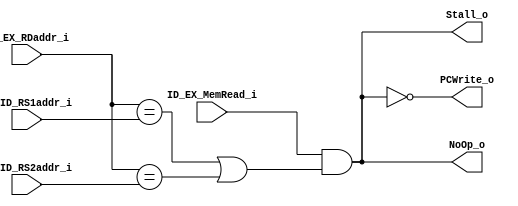
module Hazard_Detection(
    IF_ID_RS1addr_i, 
    IF_ID_RS2addr_i, 
    ID_EX_RDaddr_i, 
    ID_EX_MemRead_i, 
    NoOp_o, 
    Stall_o, 
    PCWrite_o
);

input [4:0] IF_ID_RS1addr_i;
input [4:0] IF_ID_RS2addr_i;
input [4:0] ID_EX_RDaddr_i;
input ID_EX_MemRead_i;
output NoOp_o;
output Stall_o;
output PCWrite_o;

assign NoOp_o = ID_EX_MemRead_i && ((ID_EX_RDaddr_i == IF_ID_RS1addr_i) || (ID_EX_RDaddr_i == IF_ID_RS2addr_i)); // For control of PC
assign Stall_o = ID_EX_MemRead_i && ((ID_EX_RDaddr_i == IF_ID_RS1addr_i) || (ID_EX_RDaddr_i == IF_ID_RS2addr_i)); // For control of IF/ID & Instruction Memory
assign PCWrite_o = !(ID_EX_MemRead_i && ((ID_EX_RDaddr_i == IF_ID_RS1addr_i) || (ID_EX_RDaddr_i == IF_ID_RS2addr_i))); 


endmodule